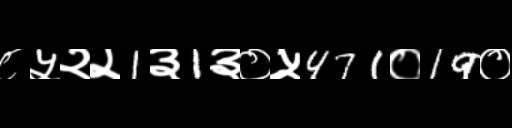
Text: ८५२२1३1३०५471०19०